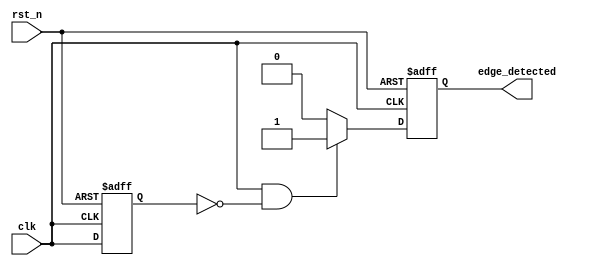
module edge_detector (
    input wire clk,            // Input signal to detect edges
    input wire rst_n,         // Active low reset signal
    output reg edge_detected   // Output pulse for edge detection
);

    reg prev_clk;             // Register to hold the previous state of clk

    // D Flip-Flop to store the previous state of clk
    always @(posedge clk or negedge rst_n) begin
        if (!rst_n) begin
            prev_clk <= 1'b0; // Reset previous state to 0
        end else begin
            prev_clk <= clk;  // Store the current state of clk
        end
    end

    // Edge detection logic
    always @(posedge clk or negedge rst_n) begin
        if (!rst_n) begin
            edge_detected <= 1'b0; // Reset edge_detected to 0
        end else begin
            // Generate a pulse if there is a rising edge
            edge_detected <= (clk && !prev_clk) ? 1'b1 : 1'b0;
        end
    end

endmodule